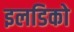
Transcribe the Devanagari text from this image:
इलडिको